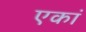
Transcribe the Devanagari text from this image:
एकां